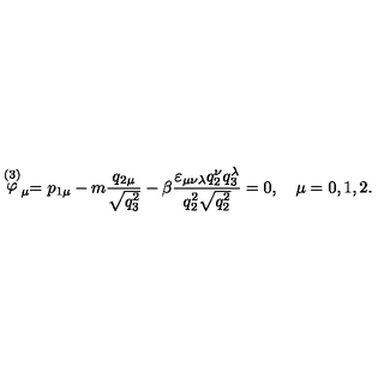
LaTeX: \stackrel { ( 3 ) } { \varphi } _ { \mu } = p _ { 1 \mu } - m \frac { q _ { 2 \mu } } { \sqrt { q _ { 3 } ^ { 2 } } } - \beta \frac { \varepsilon _ { \mu \nu \lambda } q _ { 2 } ^ { \nu } q _ { 3 } ^ { \lambda } } { q _ { 2 } ^ { 2 } \sqrt { q _ { 2 } ^ { 2 } } } = 0 , \quad \mu = 0 , 1 , 2 { . }